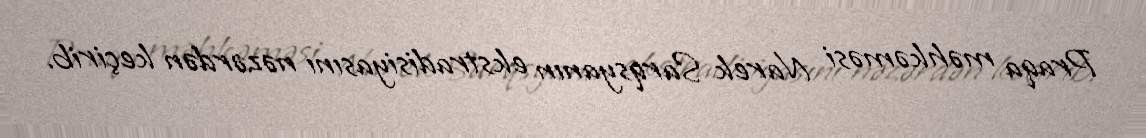
Praqa məhkəməsi Narek Sarqsyanın ekstradisiyasını nəzərdən keçirib.